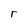
Character: r